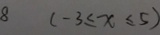
8 ( - 3 \leq x \leq 5 )